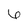
Character: 6